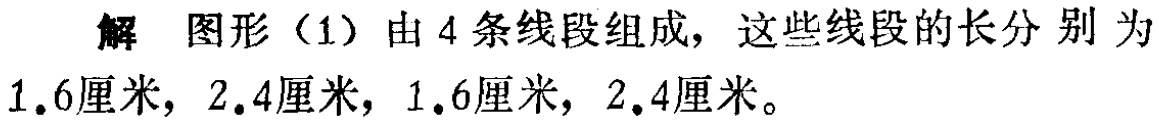
解 图形（1）由 4 条线段组成，这些线段的长分别为$1.6$厘米，$2.4$厘米，$1.6$厘米，$2.4$厘米。